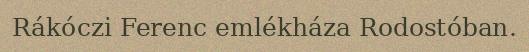
Rákóczi Ferenc emlékháza Rodostóban.